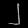
Digit: ၂